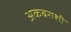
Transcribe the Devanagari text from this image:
अकबराशी